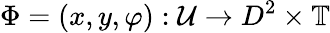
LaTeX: \Phi=(x,y,\varphi):\mathcal{U}\rightarrow D^{2}\times\mathbb{T}